Indian journal of veterinary science and animal husbandry - Volumes 24-25, 1954-1955
Year: 1954
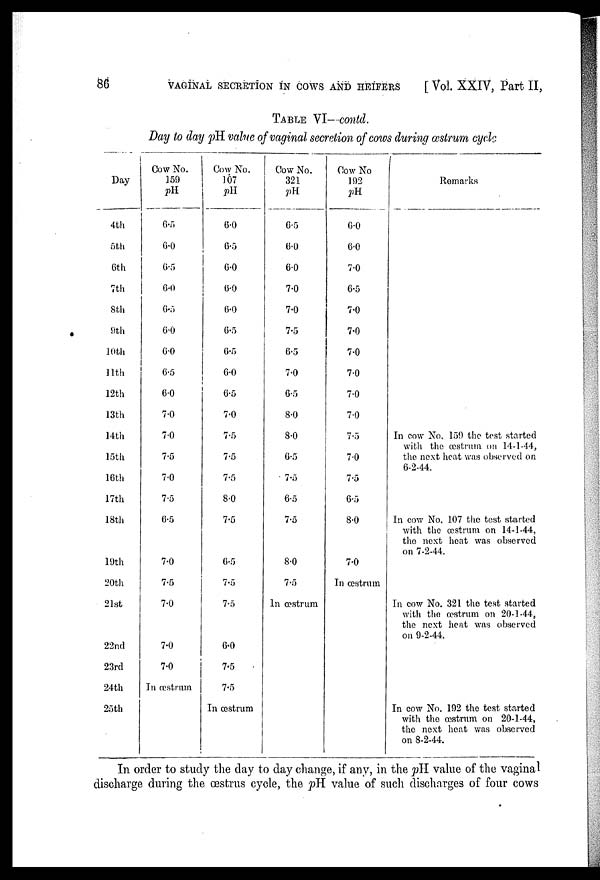
86
VAGINAL SECRETION IN COWS AND HEIFERS
[ Vol. XXIV, Part II,
TABLE VI—contd.
Day to day pH value of vaginal secretion of cows during œstrum cycle
Day
4th
5th
6th
7th
8th
9th
10th
11th
12th
13th
14th
l5th
16th
17th
18th
19th
20th
21st
22nd
23rd
24th
25th
Cow No.
159 pH
6.5
6.0
6.5
6.0
6.5
6.0
6.0
6.5
6.0
7.0
7.0
7.5
7.0
7.5
6.5
7.0
7.5
7.0
7.0
7.0
In œstrum
Cow No.
107 pH
6.0
6.5
6.0
6.0
6.0
6.5
6.5
6.0
6.5
7.0
7.5
7.5
7.5
8.0
7.5
6.5
7.5
7.5
6.0
7.5
7.5
In œstrum
Cow No.
321 pH
6.5
6.0
6.0
7.0
7.0
7.5
6.5
7.0
6.5
8.0
8.0
6.5
7.5
6.5
7.5
8.0
7.5
In œstrum
Cow No
192 pH
6.0
6.0
7.0
6.5
7.0
7.0
7.0
7.0
7.0
7.0
7.5
7.0
7.5
6.5
8.0
7.0
In œstrum
Remarks
In cow No. 159 the test started
with the œstrum on 14-1-44,
the next heat was observed on
6-2-44.
In cow No. 107 the test started
with the œstrum on 14-1-44,
the next heat was observed
on 7-2-44.
In cow No. 321 the test started
with the œtrum on 20-1-44,
the next heat was observed
on 9-2-44.
In cow No. 192 the test started
with the oestrum on 20-1-44,
the next heat was observed
on 8-2-44.
In order to study the day to day change, if any, in the pH value of the vaginal
discharge during the œstrus cycle, the pH value of such discharges of four cows